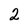
Character: 2